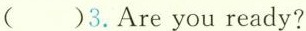
( )3.Areyou ready?